Insane asylums in Bengal annual reports 1867-1875 - 1867-1875
Year: 1867
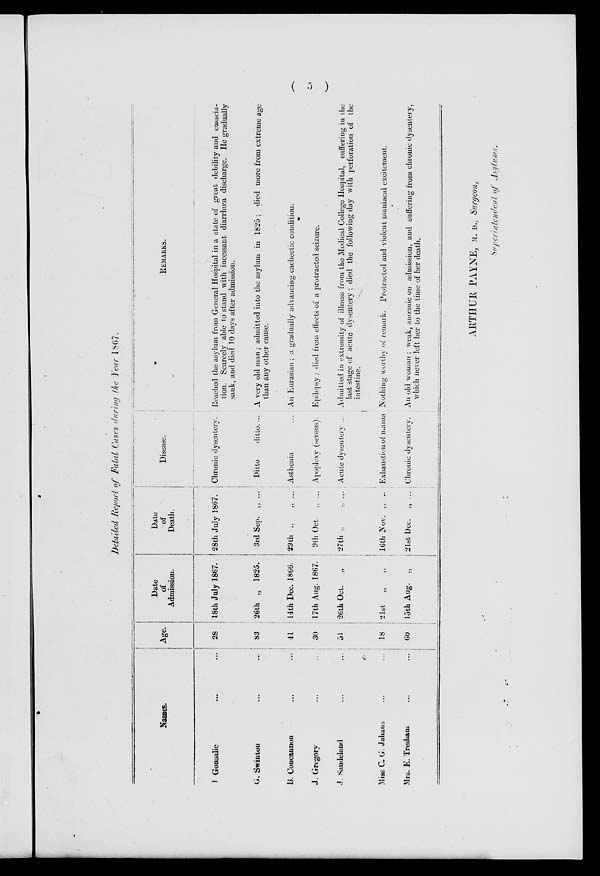
( 5 )
Detailed Report of Fatal Cases during the Year 1867.
Names.
J Gonsalie ... ...
G. Swinton ... ...
B. Concannon ... ...
J. Gregory ... ...
J. Saudeland ... ...
Miss C. G. Jahans ... ...
Mrs. E. Tresham ... ...
Age.
28
83
41
30
51
18
60
Date
of
Admission.
18th July 1867.
26th „ 1825.
14th Dec. 1866.
17th Aug. 1867.
26th Oct.
„
21st „ „
loth Aug. „
Date
of
Death.
28th July 1867.
3rd Sep. „ ...
29th „ „ ...
9th Oct. „ ...
27th „ „ ...
16th Nov. „ ...
21st Dec.
„ ...
Disease.
Chronic dysentery.
Ditto
ditto. ...
Asthenia ...
Apoplexy (serous).
Acute dysentery ...
Exhaustion of mania
Chronic dysentery.
REMARKS.
Reached the asylum from General Hospital in a state of great debility and emacia-
tion. Scarcely able to stand with incessant diarrhœa discharge. He gradually
sank, and died 10 days after admission.
A very old man; admitted into the asylum in 1825 ; died more from extreme age
than any other cause.
An Eurasian ; a gradually advancing cachectic condition.
Epilepsy ; died from effects of a protracted seizure.
Admitted in extremity of illness from the Medical College Hospital, suffering in the
last stage of acute dysentery ; died the following day with perforation of the
intestine.
Nothing worthy of remark. Protracted and violent maniacal excitement.
An old woman ; weak, anœmic on admission, and suffering from chronic dysentery,
which never left her to the time of her death.
ARTHUR PAYNE, M. D., Surgeon,
Superintendent of Asylums.